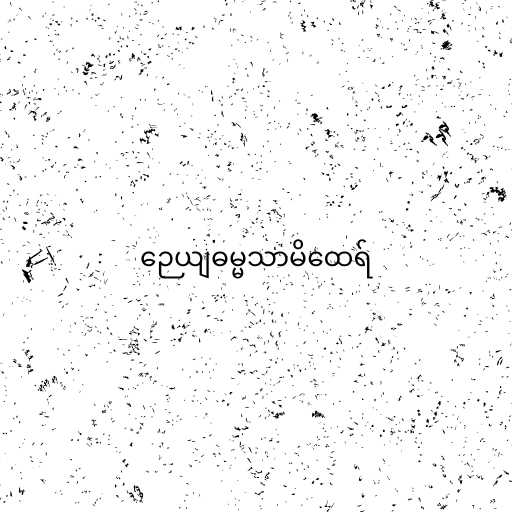
ဉေယျဓမ္မသာမိထေရ်